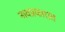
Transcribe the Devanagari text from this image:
नावप्रकारात